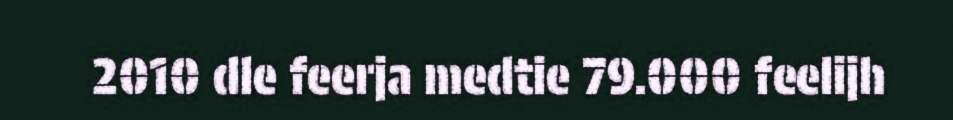
2010 dle feerja medtie 79.000 feelijh